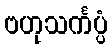
ဗဟုသင်္ကပ္ပံ